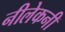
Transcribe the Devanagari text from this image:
नीलेकनी